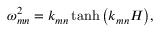
\omega _ { m n } ^ { 2 } = k _ { m n } \operatorname { t a n h } { \left( k _ { m n } H \right) } ,